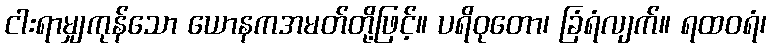
ငါးရာမျှကုန်သော ယောနကအမတ်တို့ဖြင့်။ ပရိဝုတော၊ ခြံရံလျက်။ ရထဝရံ၊